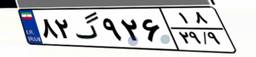
۸۲گ۹۲۶۱۸